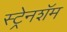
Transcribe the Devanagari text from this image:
स्ट्रेनशॅम